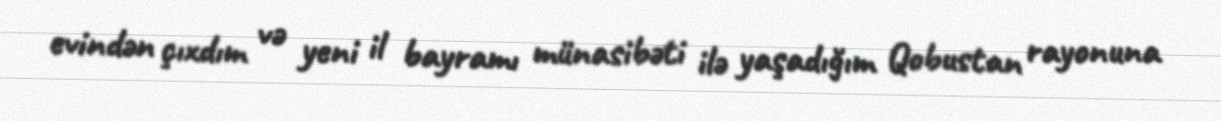
evindən çıxdım və yeni il bayramı münasibəti ilə yaşadığım Qobustan rayonuna